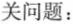
关问题：